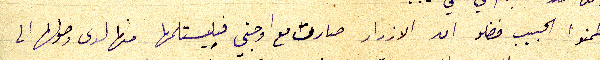
طمنوا الحبيب فضلو ان الازرار صارت مع اوجني فليستلمها منها لدى وصولها الى